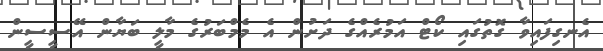
އެނގިފައިވާ ގޮތުގައި ކޯޓް އަމުރެއްގެ ދަށުން އެ މެމްބަރުގެ މާލީ ބަޔާން އޭސީސީން